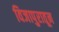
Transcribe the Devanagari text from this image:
विजापुरातून